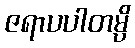
ဇရာပပါတမ္ပိ